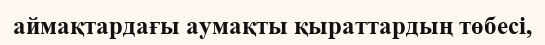
аймақтардағы аумақты қыраттардың төбесі,